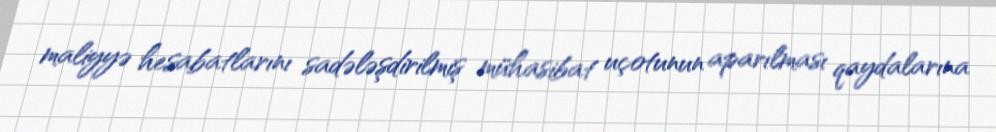
maliyyə hesabatlarını sadələşdirilmiş mühasibat uçotunun aparılması qaydalarına